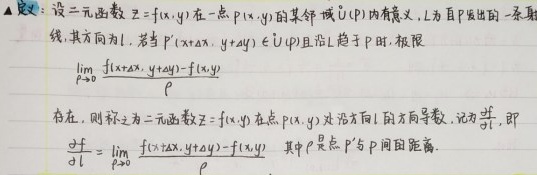
定义：设二元函数$z = f(x,y)$在一点$P(x_{0},y_{0})$的某邻域$U(P)$内有定义，$L$为自$P$发出的一条射线，其方向为$l$。若$P'(x_{0}+\Delta x,y_{0}+\Delta y)\in U(P)$且沿$L$趋于$P$时，极限
\[
\lim_{\rho\rightarrow0}\frac{f(x_{0}+\Delta x,y_{0}+\Delta y)-f(x_{0},y_{0})}{\rho}
\]
存在，则称之为二元函数$z = f(x,y)$在点$P(x_{0},y_{0})$处沿方向$l$的方向导数，记为$\frac{\partial f}{\partial l}$，即
\[
\frac{\partial f}{\partial l}=\lim_{\rho\rightarrow0}\frac{f(x_{0}+\Delta x,y_{0}+\Delta y)-f(x_{0},y_{0})}{\rho}
\]
其中$\rho$是点$P'$与$P$间的距离。